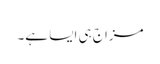
مزاج ہی ایسا ہے۔